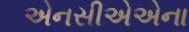
એનસીએએના